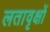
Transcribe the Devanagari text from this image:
लतावृक्षों